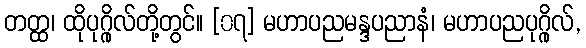
တတ္ထ၊ ထိုပုဂ္ဂိုလ်တို့တွင်။ [၀၇] မဟာပညမန္ဒပညာနံ၊ မဟာပညပုဂ္ဂိုလ်,